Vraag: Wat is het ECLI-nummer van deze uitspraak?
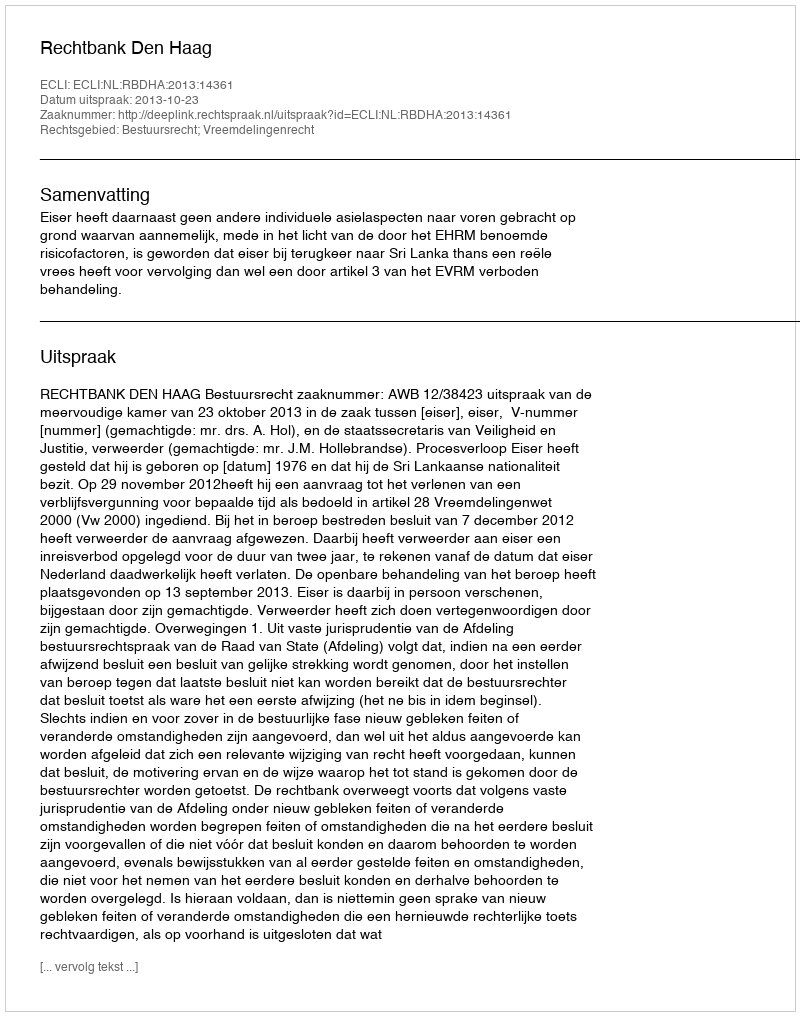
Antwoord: ECLI:NL:RBDHA:2013:14361